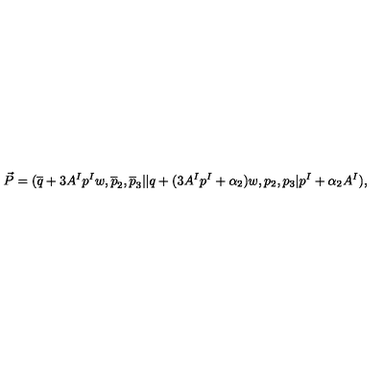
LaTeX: { \vec { P } } = ( { \overline { q } } + 3 A ^ { I } p ^ { I } w , { \overline { p } } _ { 2 } , { \overline { p } } _ { 3 } \vert \vert q + ( 3 A ^ { I } p ^ { I } + \alpha _ { 2 } ) w , p _ { 2 } , p _ { 3 } \vert p ^ { I } + \alpha _ { 2 } A ^ { I } ) ,